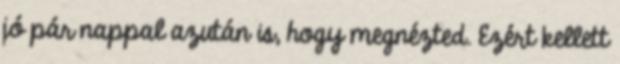
jó pár nappal azután is, hogy megnézted. Ezért kellett